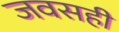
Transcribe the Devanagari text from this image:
जवसही